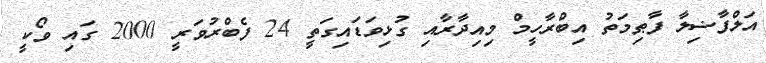
އަލްފާޟިލާ ފާޠިމަތު އިބްރާހީމް މިއިދާރާއި ގުޅިވަޑައިގަތީ 24 ފެބްރުވަރީ 2000 ގައި ވޯކީ